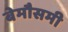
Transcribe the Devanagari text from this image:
बेमौसमी